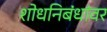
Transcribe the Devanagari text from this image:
शोधनिबंधांवर